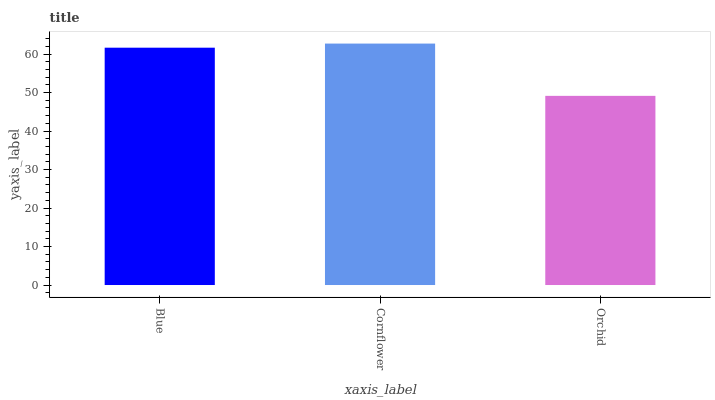
| xaxis_label | bars |
 | --- | --- |
 | Blue | 61.6 |
 | Cornflower | 62.7 |
 | Orchid | 49.1 |